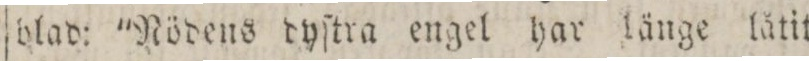
blad: 'Nödens dyſtra engel har länge låtit